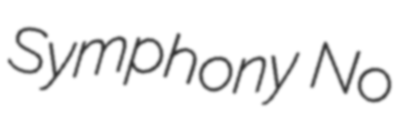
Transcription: Symphony No